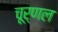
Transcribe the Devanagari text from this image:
चूर्णल